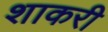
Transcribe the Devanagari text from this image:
शाकरी